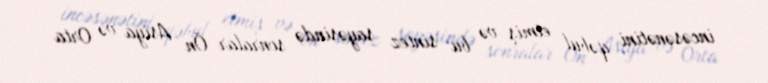
incəsənətini qəbul etmiş və bu sintez sayəsində sonralar Ön Asiya və Orta